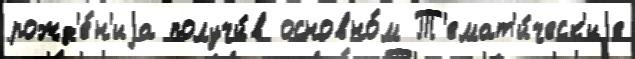
рожд'е́н'иjа получи́в основно́м Т'емат'и́ческ'иjе